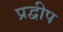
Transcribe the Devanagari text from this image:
प्रद्वीप